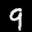
Label: 9